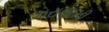
ઝરાણાની